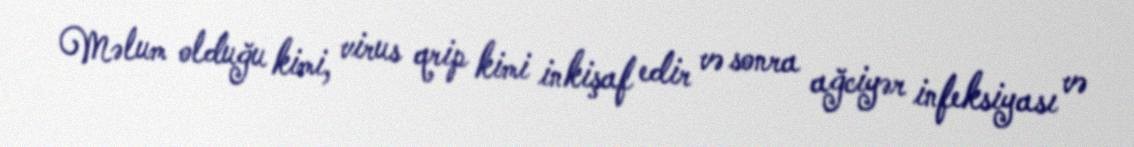
Məlum olduğu kimi, virus qrip kimi inkişaf edir və sonra ağciyər infeksiyası və